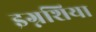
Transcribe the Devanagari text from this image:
इग्नशिया